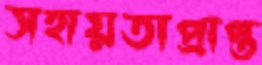
সহায়তাপ্রাপ্ত